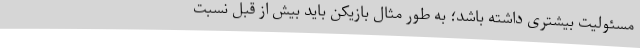
مسئولیت بیشتری داشته باشد؛ به طور مثال بازیکن باید بیش از قبل نسبت